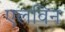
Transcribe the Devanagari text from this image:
एलविन